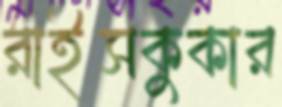
রাইসকুকার